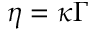
\eta = \kappa \Gamma